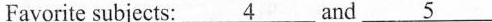
Favorite subjects: \underline{4} and \underline{5}